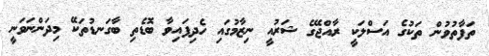
ތަފާތުވުން ތަކުގެ އަސްލަކީ ރާއްޖޭގެ ޝަރުއީ ނިޒާމުގައި ހެދިފައިވާ ބޮޑެތި ބާގަނޑުތަކޭ މިދަންނަވަނީ